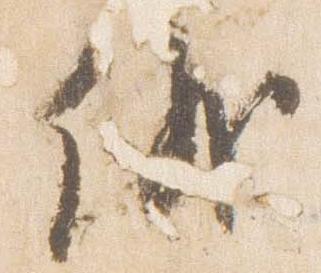
儀